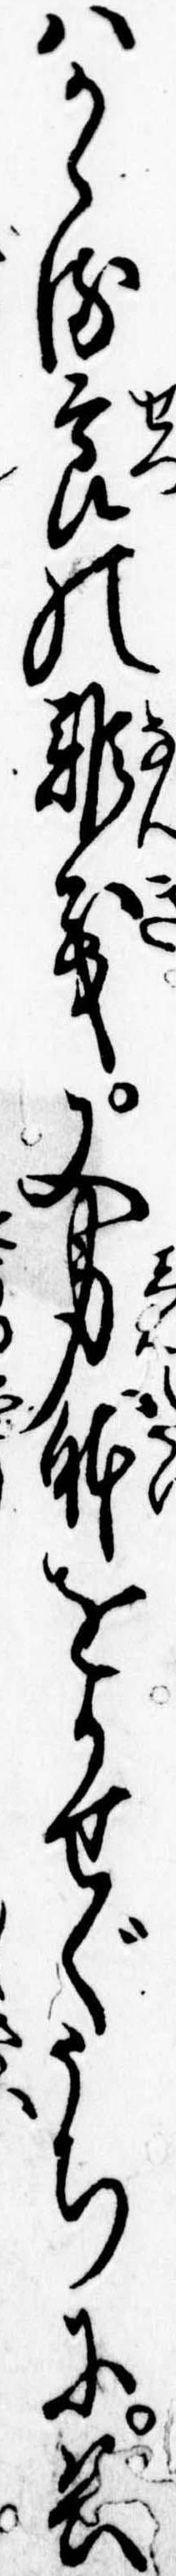
はかゝる節の難義又身体をかせぐうちに兵